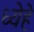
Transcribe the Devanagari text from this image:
ध्येहे